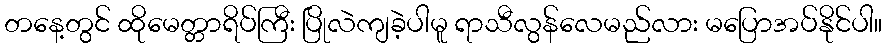
တနေ့တွင် ထိုမေတ္တာရိပ်ကြီး ပြိုလဲကျခဲ့ပါမူ ရာသီလွန်လေမည်လား မပြောအပ်နိုင်ပါ။